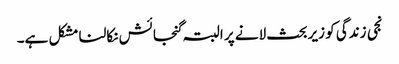
نجی زندگی کو زیربحث لانے پر البتہ گنجائش نکالنا مشکل ہے۔